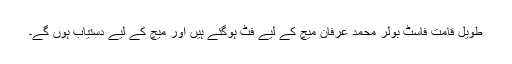
طویل قامت فاسٹ بولر محمد عرفان میچ کے لیے فٹ ہوگئے ہیں اور میچ کے لیے دستیاب ہوں گے۔